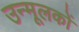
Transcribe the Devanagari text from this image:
उन्मूलकों